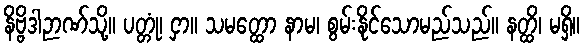
နိဗ္ဗိဒါဉာဏ်သို့။ ပတ္တုံ၊ ငှာ။ သမတ္ထော နာမ၊ စွမ်းနိုင်သောမည်သည်။ နတ္ထိ၊ မရှိ။